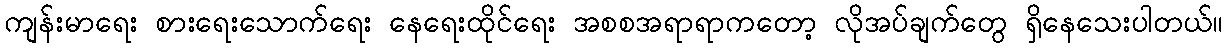
ကျန်းမာရေး စားရေးသောက်ရေး နေရေးထိုင်ရေး အစစအရာရာကတော့ လိုအပ်ချက်တွေ ရှိနေသေးပါတယ်။